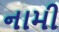
નામી